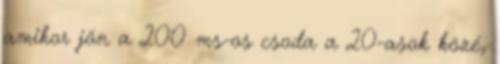
amikor jön a 200 ms-os csoda a 20-asok közé,